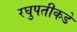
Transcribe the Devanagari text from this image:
रघुपतीकडे